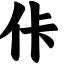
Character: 佧